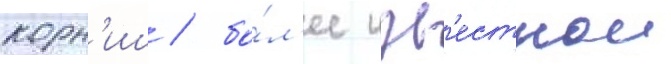
корн'иш / бо́л'ее изв'естнои